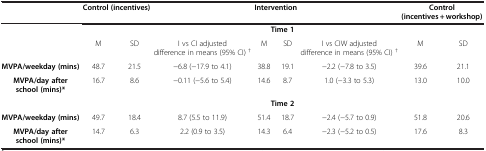
<table><thead><tr><td><b> </b></td><td colspan="2"><b>Control (incentives)</b></td><td><b> </b></td><td colspan="2"><b>Intervention</b></td><td><b> </b></td><td colspan="2"><b>Control (incentives + workshop)</b></td></tr></thead><tbody><tr><td> </td><td colspan="8"><b>Time 1</b></td></tr><tr><td> </td><td>M</td><td>SD</td><td>I vs CI adjusted difference in means (95% CI) <sup>†</sup></td><td>M</td><td>SD</td><td>I vs CIW adjusted difference in means (95% CI) <sup>†</sup></td><td>M</td><td>SD</td></tr><tr><td><b>MVPA/weekday (mins)</b></td><td>48.7</td><td>21.5</td><td>−6.8 (−17.9 to 4.1)</td><td>38.8</td><td>19.1</td><td>−2.2 (−7.8 to 3.5)</td><td>39.6</td><td>21.1</td></tr><tr><td><b>MVPA/day after school (mins)*</b></td><td>16.7</td><td>8.6</td><td>−0.11 (−5.6 to 5.4)</td><td>14.6</td><td>8.7</td><td>1.0 (−3.3 to 5.3)</td><td>13.0</td><td>10.0</td></tr><tr><td> </td><td colspan="8"><b>Time 2</b></td></tr><tr><td><b>MVPA/weekday (mins)</b></td><td>49.7</td><td>18.4</td><td>8.7 (5.5 to 11.9)</td><td>51.4</td><td>18.7</td><td>−2.4 (−5.7 to 0.9)</td><td>51.8</td><td>20.6</td></tr><tr><td><b>MVPA/day after school (mins)*</b></td><td>14.7</td><td>6.3</td><td>2.2 (0.9 to 3.5)</td><td>14.3</td><td>6.4</td><td>−2.3 (−5.2 to 0.5)</td><td>17.6</td><td>8.3</td></tr></tbody></table>